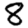
Digit: 8